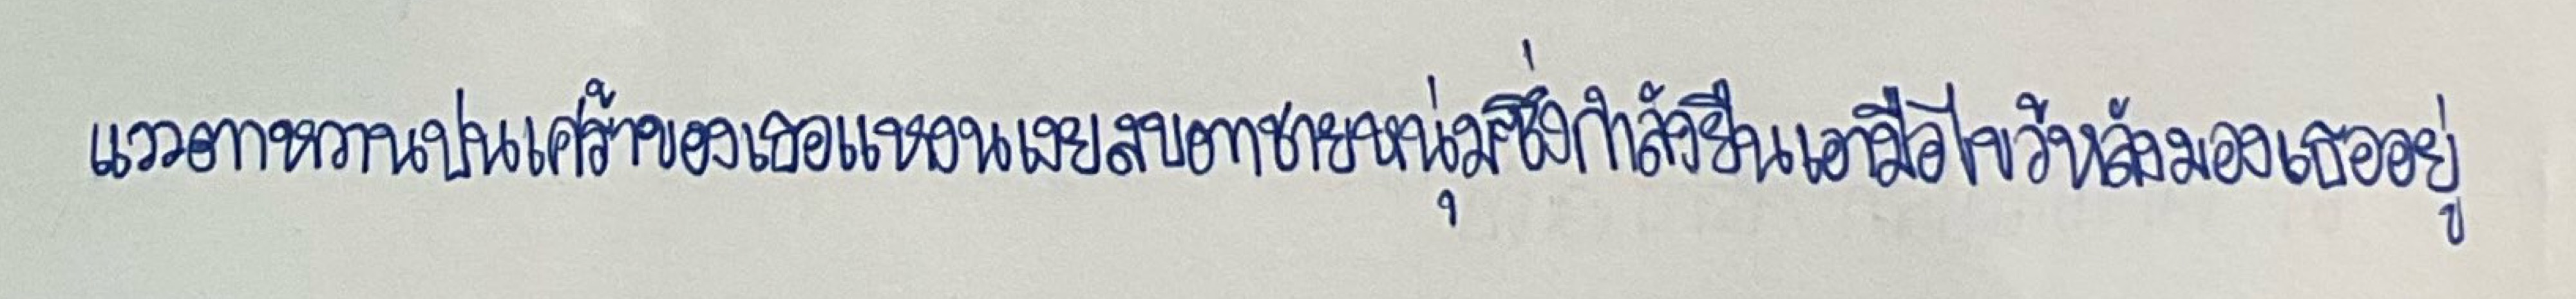
แววตาหวานปนเศร้าของเธอแหงนเงยสบตาชายหนุ่มซึ่งกำลังยืนเอามือไขว้หลังมองเธออยู่